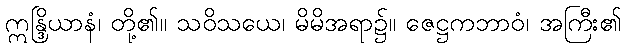
ဣန္ဒြိယာနံ၊ တို့၏။ သဝိသယေ၊ မိမိအရာ၌။ ဇေဋ္ဌကဘာဝံ၊ အကြီး၏